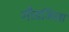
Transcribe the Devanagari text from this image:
गौडजिला